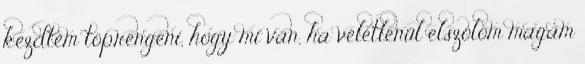
kezdtem töprengeni, hogy mi van, ha véletlenül elszólom magam